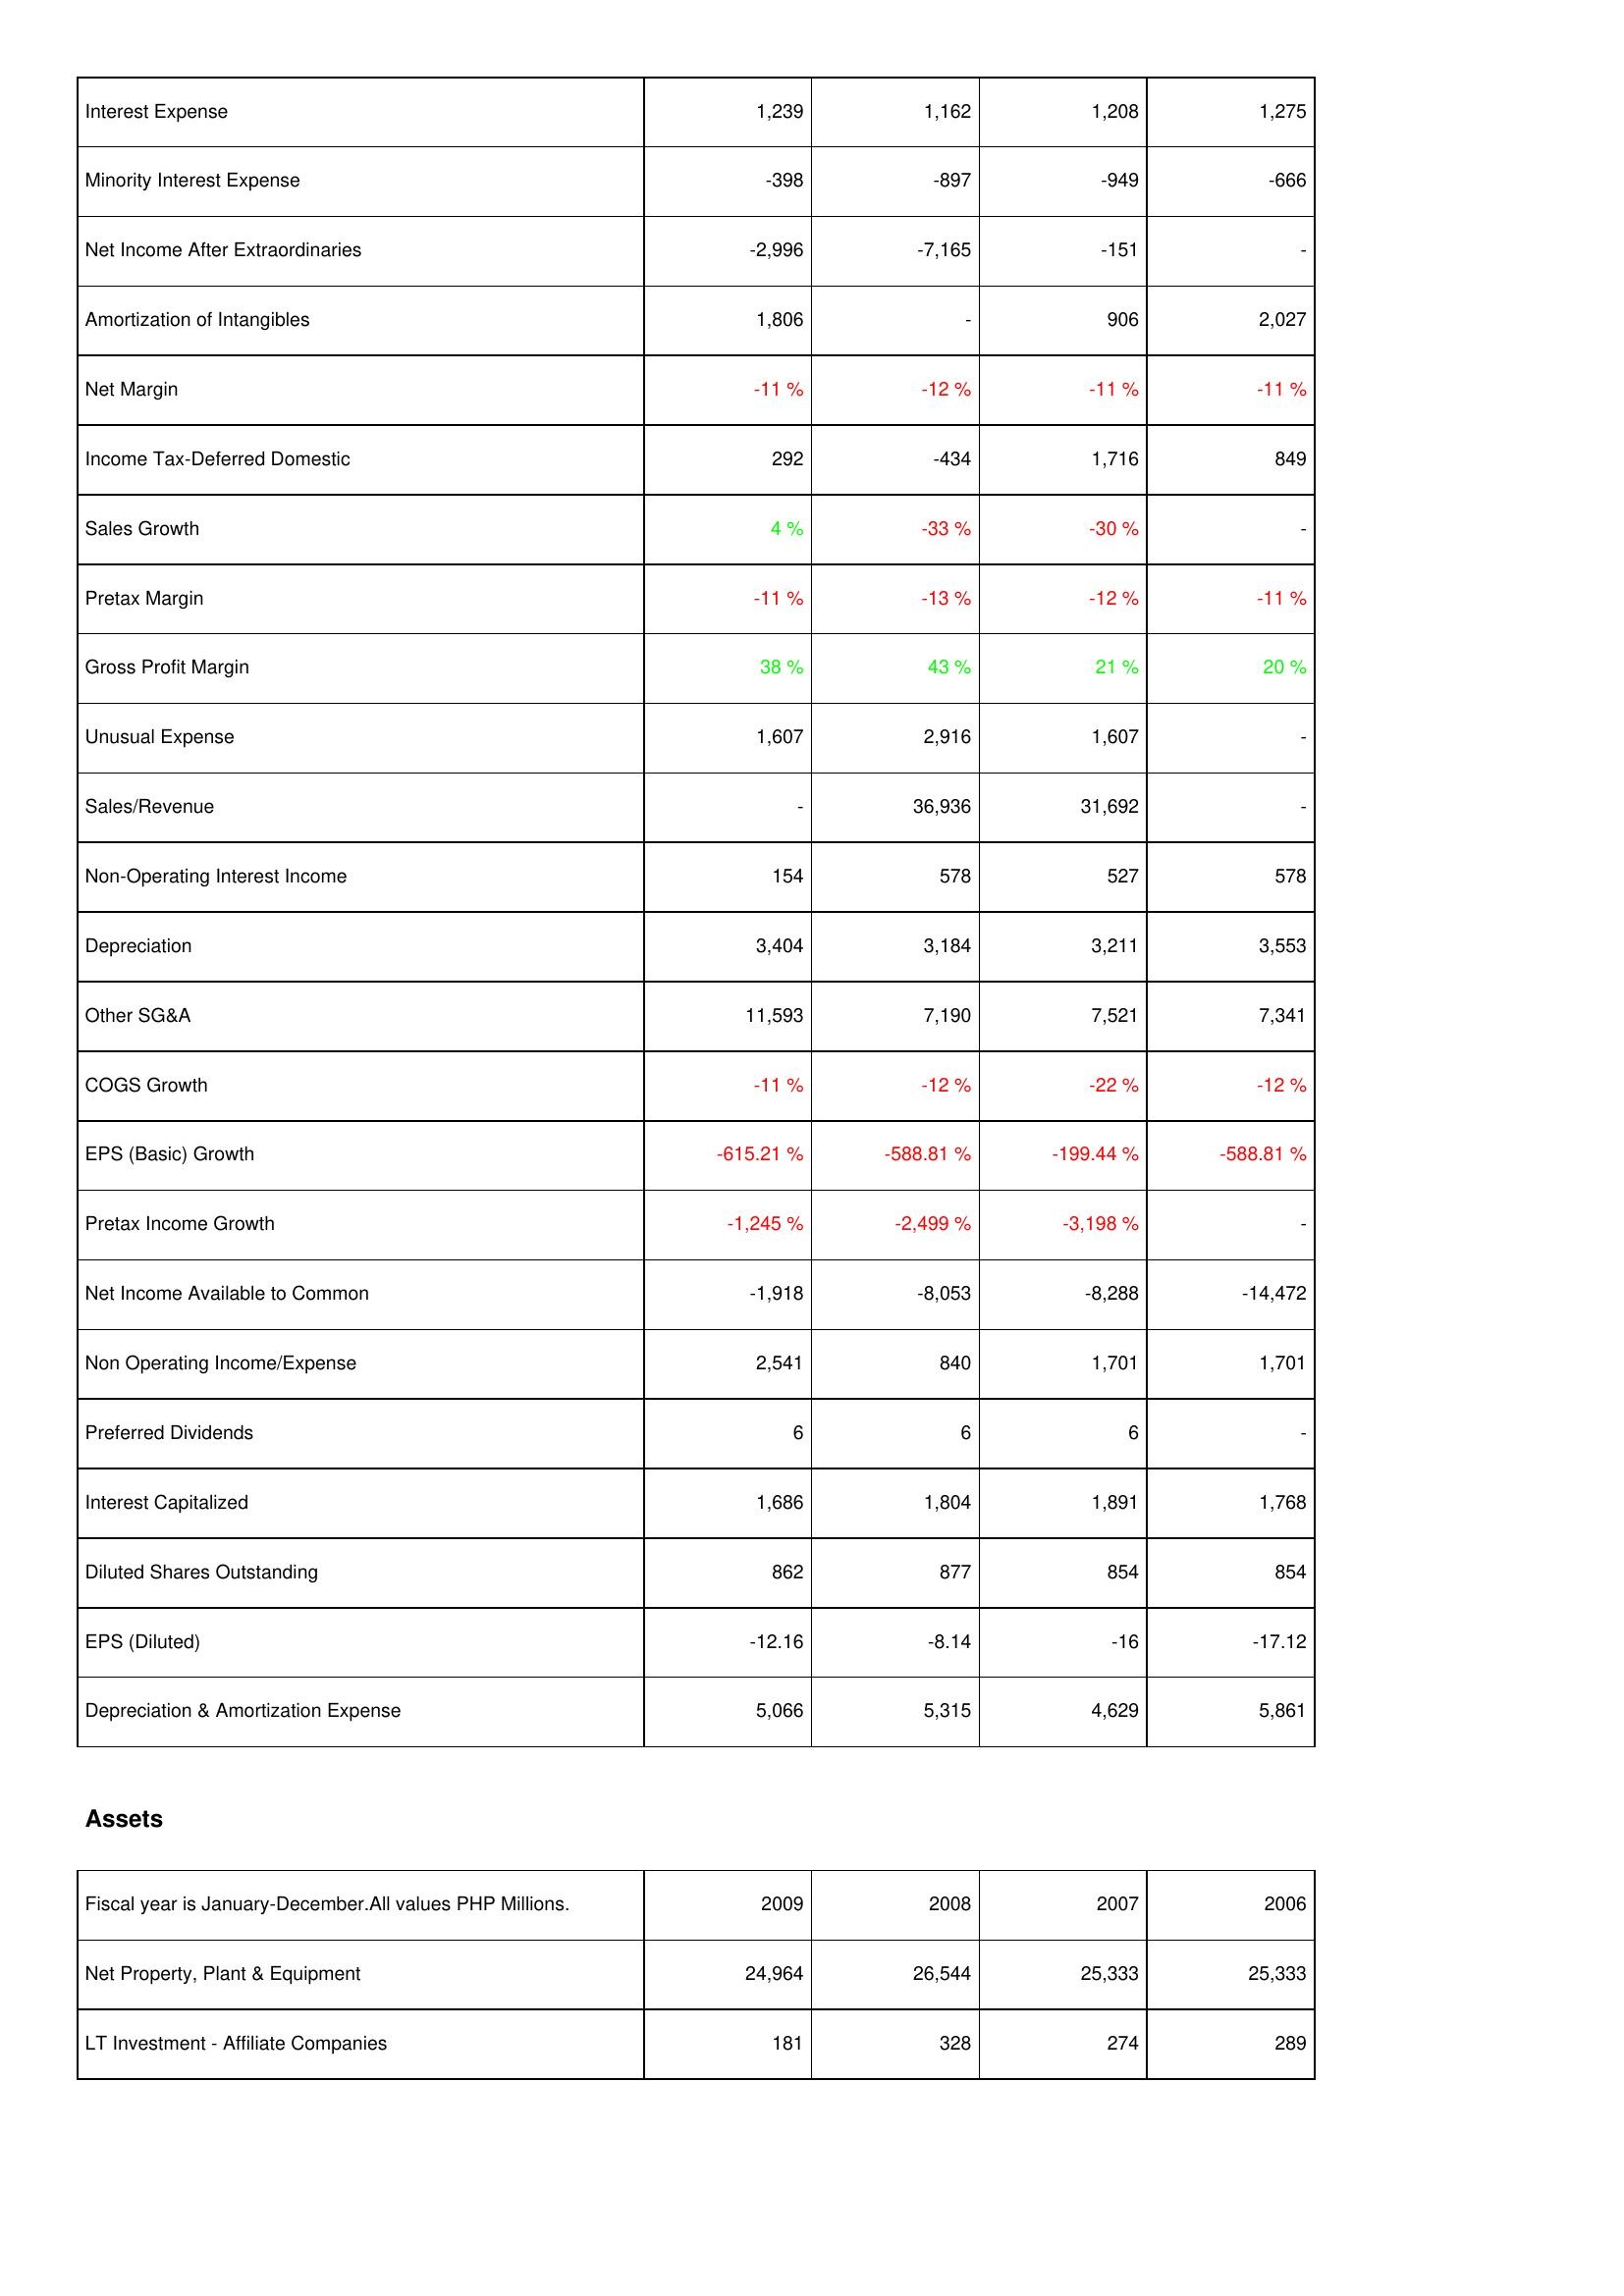
2009: Income Statement: Interest Expense: 1,239
Minority Interest Expense: -398
Net Income After Extraordinaries: -2,996
Amortization of Intangibles: 1,806
Net Margin: -11 %
Income Tax-Deferred Domestic: 292
Sales Growth: 4 %
Pretax Margin: -11 %
Gross Profit Margin: 38 %
Unusual Expense: 1,607
Sales/Revenue: -
Non-Operating Interest Income: 154
Depreciation: 3,404
Other SG&A: 11,593
COGS Growth: -11 %
EPS (Basic) Growth: -615.21 %
Pretax Income Growth: -1,245 %
Net Income Available to Common: -1,918
Non Operating Income/Expense: 2,541
Preferred Dividends: 6
Interest Capitalized: 1,686
Diluted Shares Outstanding: 862
EPS (Diluted): -12.16
Depreciation & Amortization Expense: 5,066
Assets: Net Property, Plant & Equipment: 24,964
LT Investment - Affiliate Companies: 181
2008: Income Statement: Interest Expense: 1,162
Minority Interest Expense: -897
Net Income After Extraordinaries: -7,165
Amortization of Intangibles: -
Net Margin: -12 %
Income Tax-Deferred Domestic: -434
Sales Growth: -33 %
Pretax Margin: -13 %
Gross Profit Margin: 43 %
Unusual Expense: 2,916
Sales/Revenue: 36,936
Non-Operating Interest Income: 578
Depreciation: 3,184
Other SG&A: 7,190
COGS Growth: -12 %
EPS (Basic) Growth: -588.81 %
Pretax Income Growth: -2,499 %
Net Income Available to Common: -8,053
Non Operating Income/Expense: 840
Preferred Dividends: 6
Interest Capitalized: 1,804
Diluted Shares Outstanding: 877
EPS (Diluted): -8.14
Depreciation & Amortization Expense: 5,315
Assets: Net Property, Plant & Equipment: 26,544
LT Investment - Affiliate Companies: 328
2007: Income Statement: Interest Expense: 1,208
Minority Interest Expense: -949
Net Income After Extraordinaries: -151
Amortization of Intangibles: 906
Net Margin: -11 %
Income Tax-Deferred Domestic: 1,716
Sales Growth: -30 %
Pretax Margin: -12 %
Gross Profit Margin: 21 %
Unusual Expense: 1,607
Sales/Revenue: 31,692
Non-Operating Interest Income: 527
Depreciation: 3,211
Other SG&A: 7,521
COGS Growth: -22 %
EPS (Basic) Growth: -199.44 %
Pretax Income Growth: -3,198 %
Net Income Available to Common: -8,288
Non Operating Income/Expense: 1,701
Preferred Dividends: 6
Interest Capitalized: 1,891
Diluted Shares Outstanding: 854
EPS (Diluted): -16
Depreciation & Amortization Expense: 4,629
Assets: Net Property, Plant & Equipment: 25,333
LT Investment - Affiliate Companies: 274
2006: Income Statement: Interest Expense: 1,275
Minority Interest Expense: -666
Net Income After Extraordinaries: -
Amortization of Intangibles: 2,027
Net Margin: -11 %
Income Tax-Deferred Domestic: 849
Sales Growth: -
Pretax Margin: -11 %
Gross Profit Margin: 20 %
Unusual Expense: -
Sales/Revenue: -
Non-Operating Interest Income: 578
Depreciation: 3,553
Other SG&A: 7,341
COGS Growth: -12 %
EPS (Basic) Growth: -588.81 %
Pretax Income Growth: -
Net Income Available to Common: -14,472
Non Operating Income/Expense: 1,701
Preferred Dividends: -
Interest Capitalized: 1,768
Diluted Shares Outstanding: 854
EPS (Diluted): -17.12
Depreciation & Amortization Expense: 5,861
Assets: Net Property, Plant & Equipment: 25,333
LT Investment - Affiliate Companies: 289